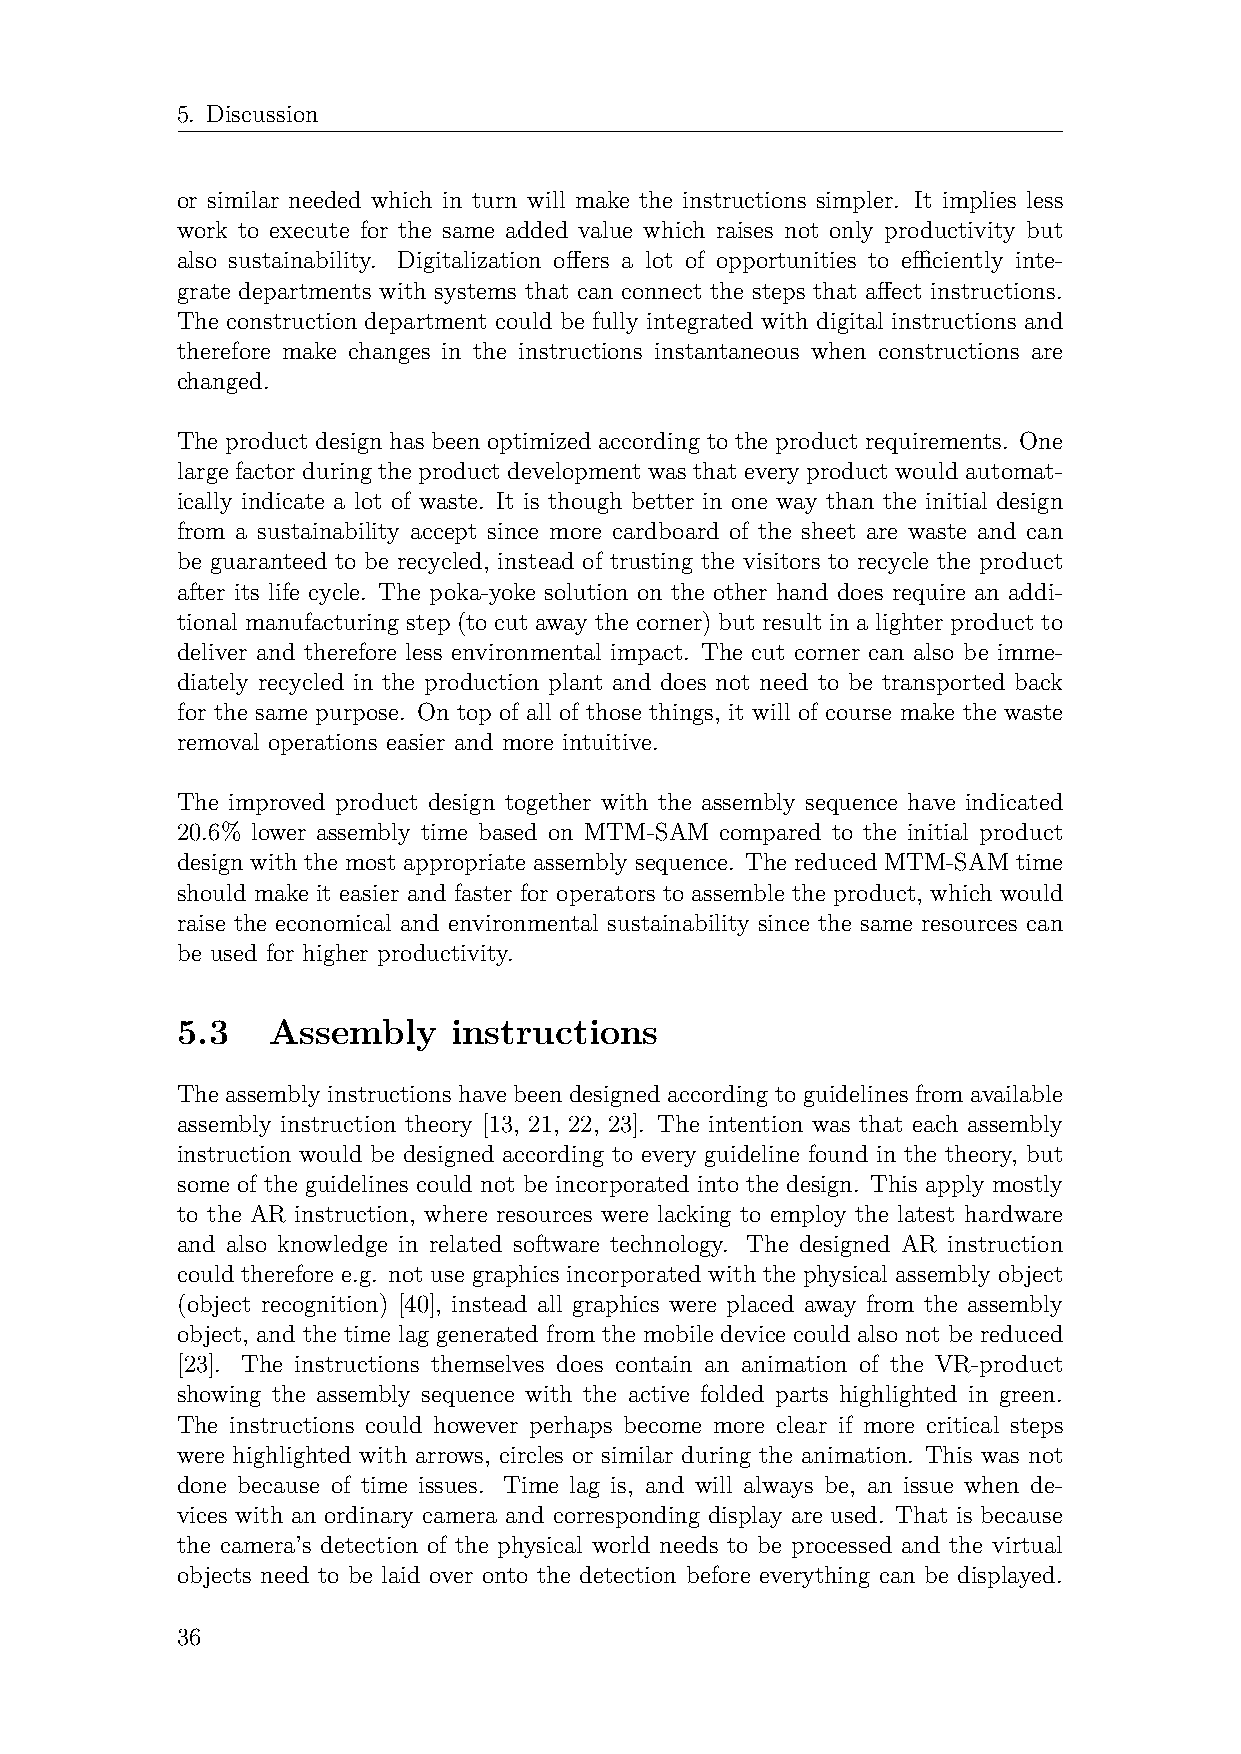
5. Discussion
 or similar needed which in turn will make the instructions simpler. It implies less
 work to execute for the same added value which raises not only productivity but
 also sustainability. Digitalization offers a lot of opportunities to efficiently inte-
 grate departments with systems that can connect the steps that affect instructions.
 The construction department could be fully integrated with digital instructions and
 therefore make changes in the instructions instantaneous when constructions are
 changed.
 The product design has been optimized according to the product requirements. One
 large factor during the product development was that every product would automat-
 ically indicate a lot of waste. It is though better in one way than the initial design
 from a sustainability accept since more cardboard of the sheet are waste and can
 be guaranteed to be recycled, instead of trusting the visitors to recycle the product
 after its life cycle. The poka-yoke solution on the other hand does require an addi-
 tional manufacturing step (to cut away the corner) but result in a lighter product to
 deliver and therefore less environmental impact. The cut corner can also be imme-
 diately recycled in the production plant and does not need to be transported back
 for the same purpose. On top of all of those things, it will of course make the waste
 removal operations easier and more intuitive.
 The improved product design together with the assembly sequence have indicated
 20.6% lower assembly time based on MTM-SAM compared to the initial product
 design with the most appropriate assembly sequence. The reduced MTM-SAM time
 should make it easier and faster for operators to assemble the product, which would
 raise the economical and environmental sustainability since the same resources can
 be used for higher productivity.
 5.3   Assembly    instructions
 The assembly instructions have been designed according to guidelines from available
 assembly instruction theory [13, 21, 22, 23]. The intention was that each assembly
 instruction would be designed according to every guideline found in the theory, but
 some of the guidelines could not be incorporated into the design. This apply mostly
 to the AR instruction, where resources were lacking to employ the latest hardware
 and also knowledge in related software technology. The designed AR instruction
 could therefore e.g. not use graphics incorporated with the physical assembly object
 (object recognition) [40], instead all graphics were placed away from the assembly
 object, and the time lag generated from the mobile device could also not be reduced
 [23]. The instructions themselves does contain an animation of the VR-product
 showing the assembly sequence with the active folded parts highlighted in green.
 The instructions could however perhaps become more clear if more critical steps
 were highlighted with arrows, circles or similar during the animation. This was not
 done because of time issues. Time lag is, and will always be, an issue when de-
 vices with an ordinary camera and corresponding display are used. That is because
 the camera’s detection of the physical world needs to be processed and the virtual
 objects need to be laid over onto the detection before everything can be displayed.
 36